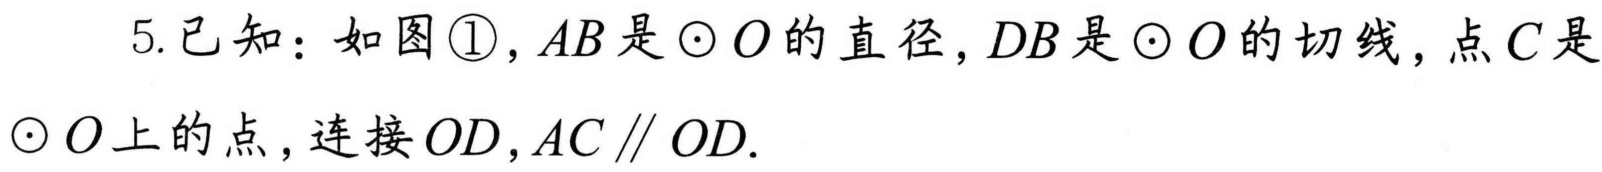
5.已知：如图\textcircled{1}，\(AB\) 是 \(\odot O\) 的直径，\(DB\) 是 \(\odot O\) 的切线，点 \(C\) 是
\(\odot O\) 上的点，连接 \(OD\)，\(AC\parallel OD\).